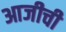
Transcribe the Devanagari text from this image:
आजीची